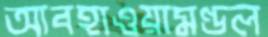
আবহাওয়ামণ্ডল